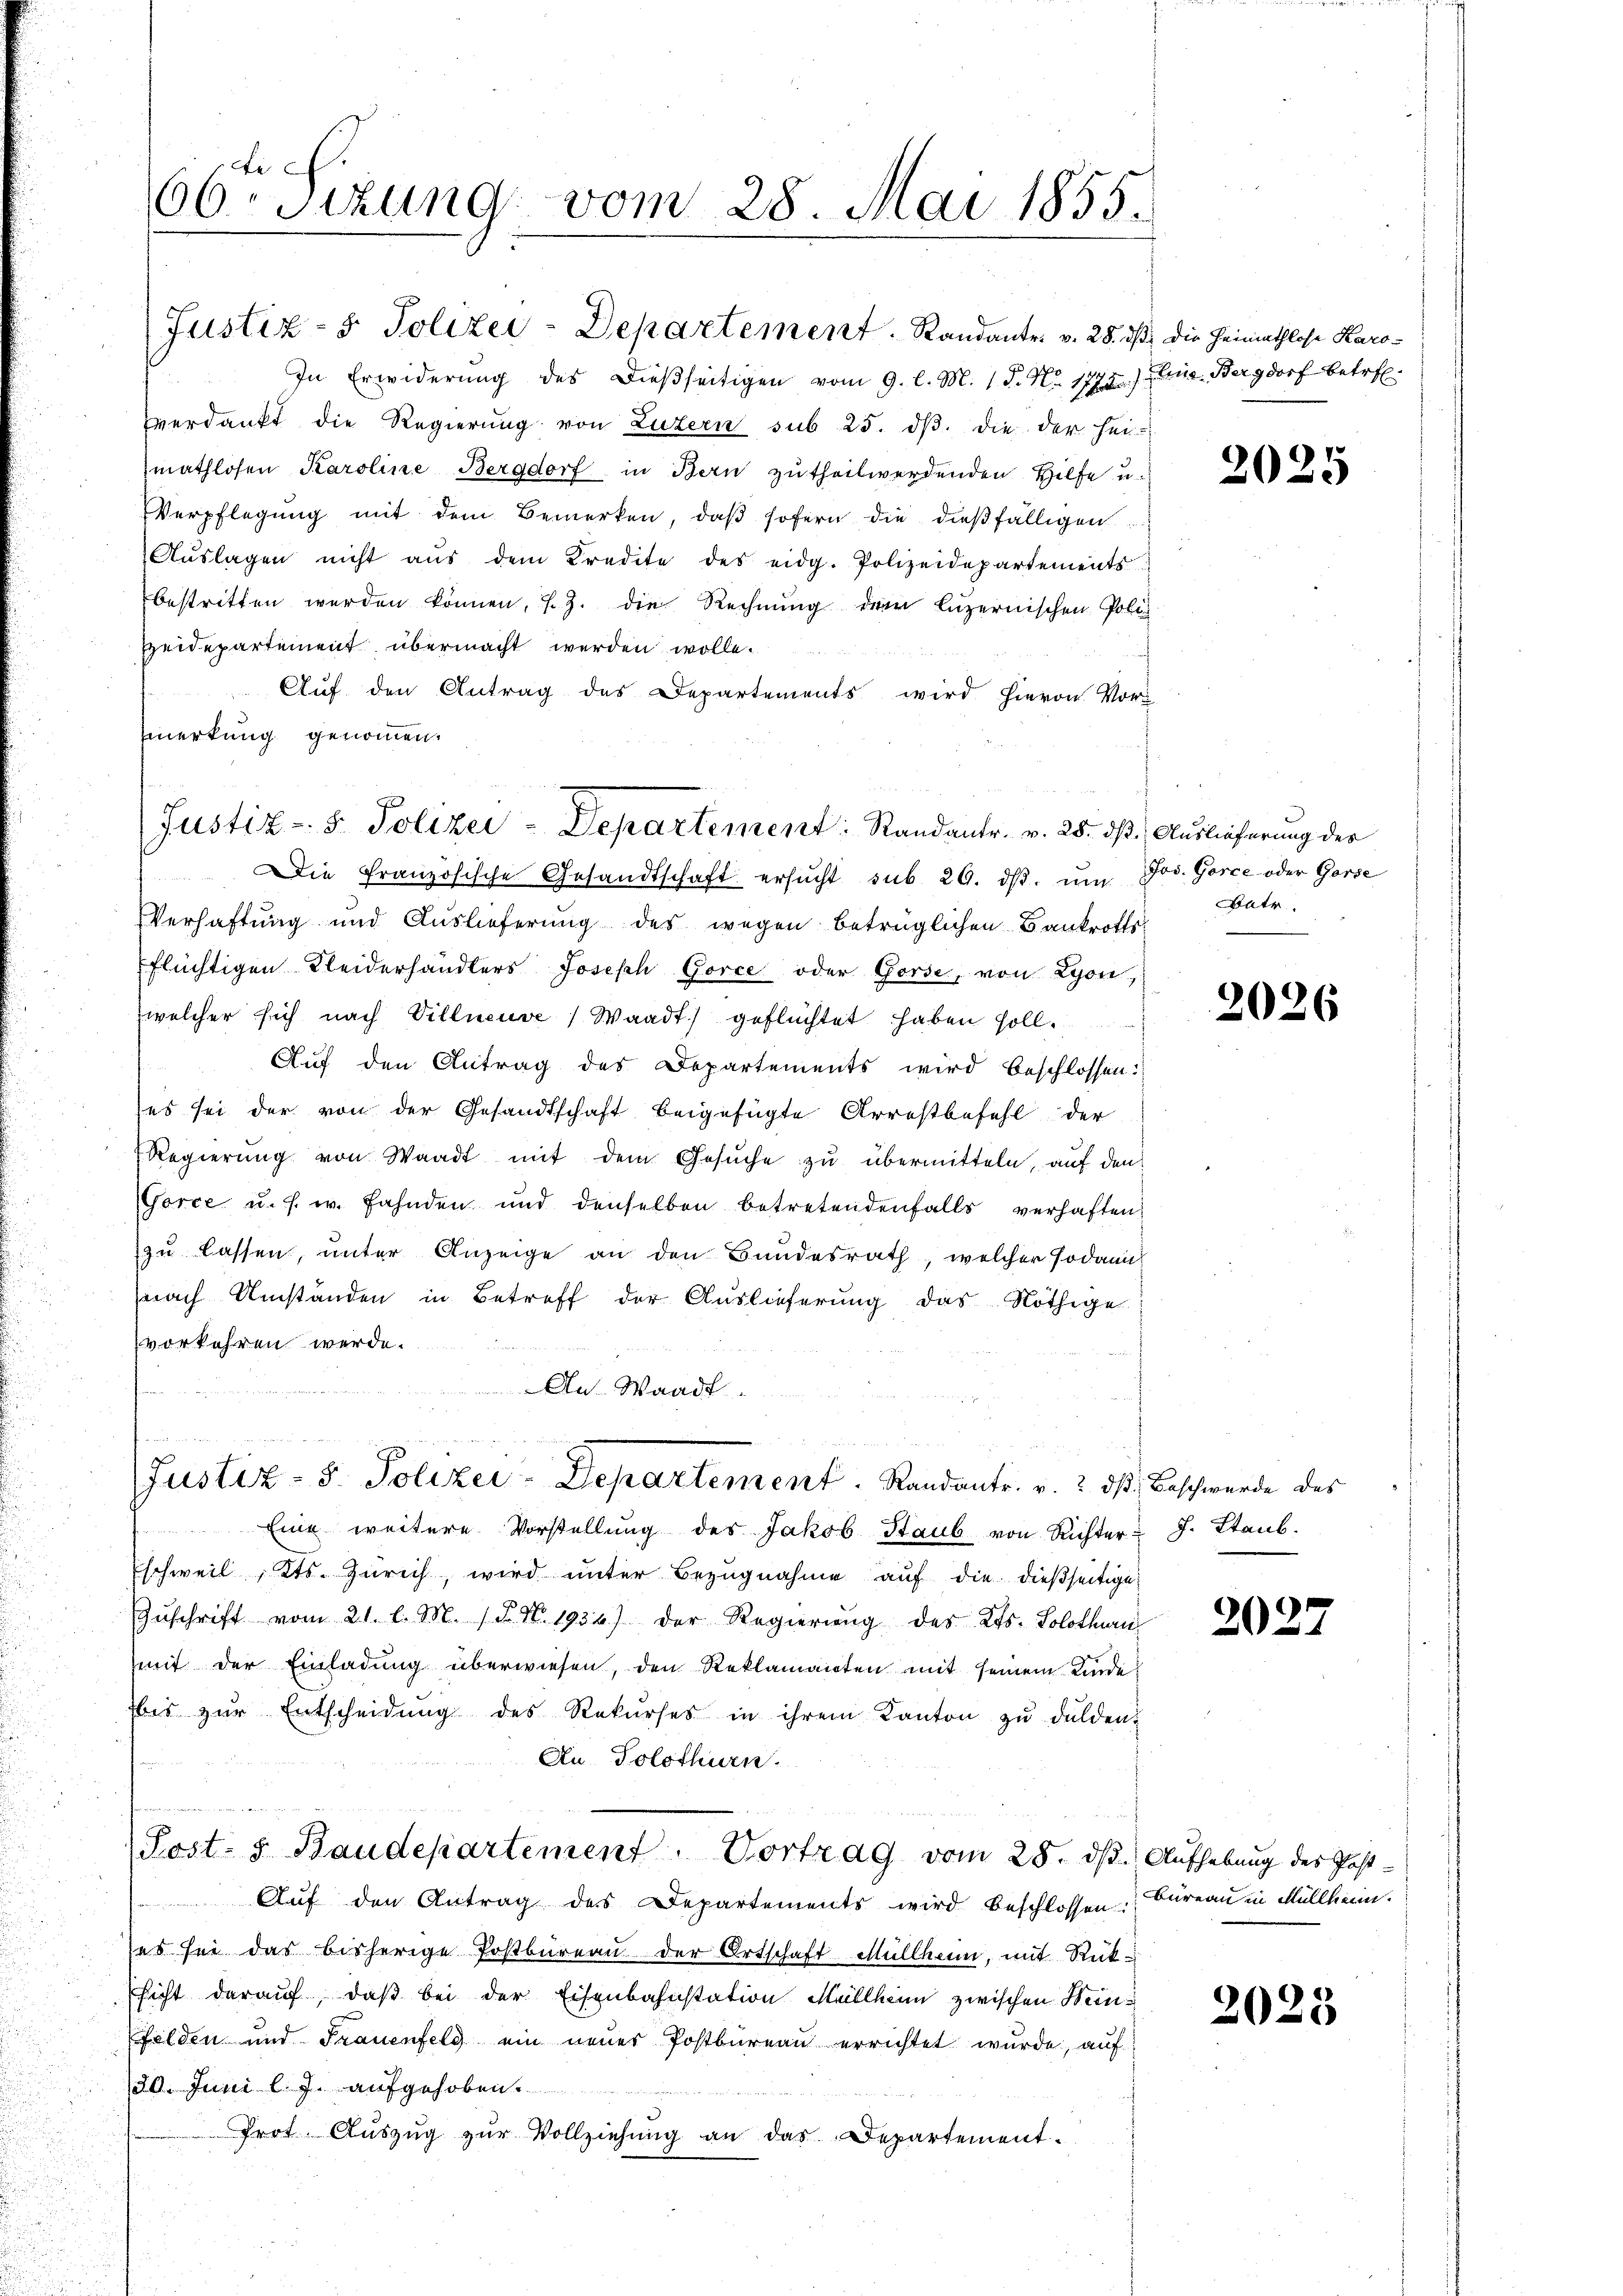
In Erwiderŭng des dießseitigen vom 9. l. M. 18. No. 1773.) Eine Bergdorf betrefverdankt die Regierung von Luzern sub 25. dβ. die der Hei-
mathlosen Karoline Bergdorf in Bern zŭ theilwerdenden Hilfe u.
Verpflegŭng mit dem Bemerken, daβ sofern die dießfälligen
Aŭslagen nicht aŭs dem Kredite des eidg. Polizeidepartements
bestritten werden können, s. Z. die Rechnung der luzernischen Poli¬
Heidepartement übermacht werden wolle.
Auf den Antrag des Departements wird hievon Vor-
Emerkung genommen.
Die Französische Gesandtschaft ersŭcht sub 20. dβ. ŭm Jos. Gorce oder Gorse
Verhaftung und Auslieferung des wegen betrüglichen Bankrotts-
flüchtigen Kleiderhändlers Joseph Gorce oder Gorse, von Lyon,
welcher sich nach Villneuve / Waadt) geflüchtet haben soll.
Auf den Antrag des Departements wird beschlossen:
(es sei der von der Gesandtschaft beigefügte Arrestbefehl der
Regierŭng von Waadt mit dem Gesŭche zu übermitteln, auf den
Gorce u. s. w. Fahnden und denselben betretendenfalls verhaften
zu lassen, unter Anzeige an den Bundesrath, welcher sodann
nach Umständen in Betreff der Auslieferung das Nöthige
vorkehren werde.
An- Waadt

66 Sizung vom 28. Mai 1855.

Eine weitere Vorstellung des Jakob Staub von Richter J. Staub.
schweil Kts. Zürich, wird unter Bezugnahme auf die dießseitige
Zŭschrift vom 21. l. M. 18. No. 1936.) Der Regierung des Kts. Solothurn
mit der Einladung überwiesen, den Reklamanten mit seinem Kinde
bis zŭr Entscheidŭng des Rekŭrses in ihrem Kanton zŭ dulden.
An Solothurn.
s
Post- u Baudepartement. Vortrag vom 28. dβ. Aufhebung des Post-
Auf den Antrag des Departements wird beschlossen. Büreau in Müllkern.
es sei das bisherige Postbüreau der Ortschaft Müllheim, mit Rücksicht darauf, daß bei der Eisenbahnstation Müllheim zwischen Bein¬
Felden und Frauenfeld ein neuer Postbureau errichtet wurde, auf
130. Juni l. J. aufgehoben.
Prot. Aŭszŭg zŭr Vollziehŭng an das Departement.

Justiz- & Polizei-Departement. Randantr. v. 28. dβ die Heimathlose Karo¬

Justiz- & Polizei-Departement: Randanter. v. 25. dß. Auslieferung des

a
Justiz- u. Polizei-Departement. Randantr. v. 2. dβ. Beschwerde des

2025

Batr.

2026

2027

2023